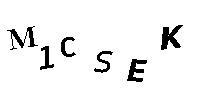
M1CSEK